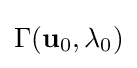
\Gamma (\mathbf {u} _{0},\lambda _{0})